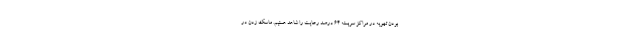
بودن تهویه در مراکز سربسته ۶۴ درصد رعایت را شاهد هستیم. ماسک زدن در